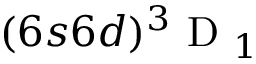
( 6 s 6 d ) \ensuremath { { ^ 3 \mathrm { ~ D ~ } _ { 1 } } }